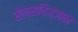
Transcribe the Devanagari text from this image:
सेल्सविज्ञान